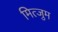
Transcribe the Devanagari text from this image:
मित्जुम